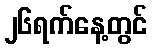
၂၆ရက်နေ့တွင်